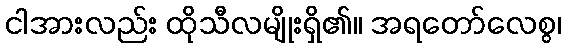
ငါအားလည်း ထိုသီလမျိုးရှိ၏။ အရတော်လေစွ၊